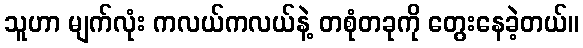
သူဟာ မျက်လုံး ကလယ်ကလယ်နဲ့ တစုံတခုကို တွေးနေခဲ့တယ်။